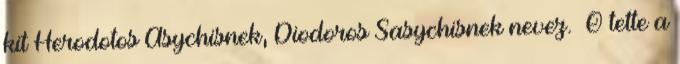
kit Herodotos Asychisnek, Diodoros Sasychisnek nevez. «Ő tette a